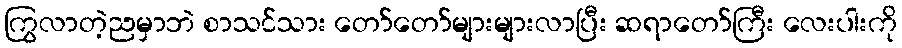
ကြွလာတဲ့ညမှာဘဲ စာသင်သား တော်တော်များများလာပြီး ဆရာတော်ကြီး လေးပါးကို